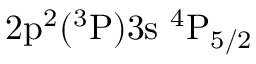
\mathrm { 2 p ^ { 2 } ( ^ { 3 } P ) 3 s ~ ^ { 4 } P _ { 5 / 2 } }